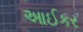
આઈકર